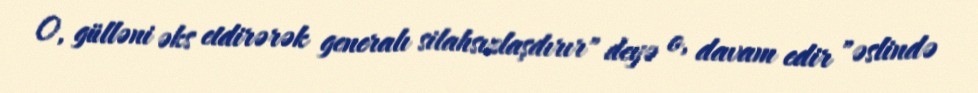
O, gülləni əks etdirərək generalı silahsızlaşdırır" deyə o, davam edir "əslində